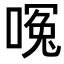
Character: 𪡶